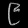
Digit: ၉